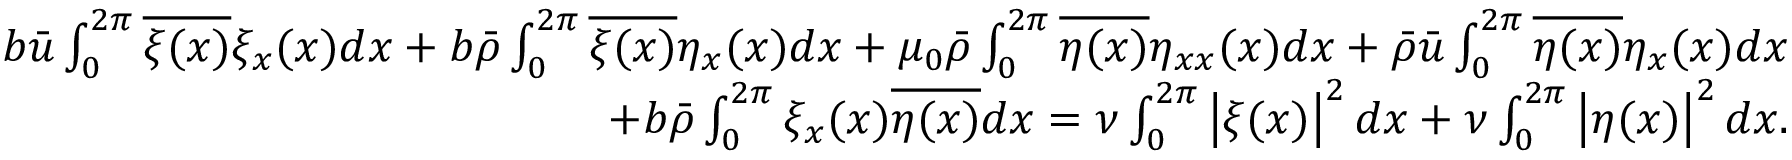
\begin{array} { r } { b \bar { u } \int _ { 0 } ^ { 2 \pi } \overline { { \xi ( x ) } } \xi _ { x } ( x ) d x + b \bar { \rho } \int _ { 0 } ^ { 2 \pi } \overline { { \xi ( x ) } } \eta _ { x } ( x ) d x + \mu _ { 0 } \bar { \rho } \int _ { 0 } ^ { 2 \pi } \overline { { \eta ( x ) } } \eta _ { x x } ( x ) d x + \bar { \rho } \bar { u } \int _ { 0 } ^ { 2 \pi } \overline { { \eta ( x ) } } \eta _ { x } ( x ) d x } \\ { + b \bar { \rho } \int _ { 0 } ^ { 2 \pi } \xi _ { x } ( x ) \overline { { \eta ( x ) } } d x = \nu \int _ { 0 } ^ { 2 \pi } \left\lvert \xi ( x ) \right\rvert ^ { 2 } d x + \nu \int _ { 0 } ^ { 2 \pi } \left\lvert \eta ( x ) \right\rvert ^ { 2 } d x . } \end{array}